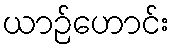
ယာဉ်ဟောင်း